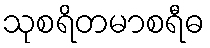
သုစရိတမာစရီဓ